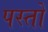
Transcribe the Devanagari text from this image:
पस्तो